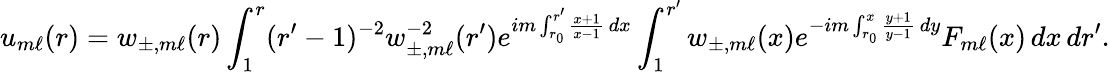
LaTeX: u_{m\ell}(r)=w_{\pm,m\ell}(r)\int_{1}^{r}(r^{\prime}-1)^{-2}w_{\pm,m\ell}^{-2}(r^{\prime})e^{im\int_{r_{0}}^{r^{\prime}}\frac{x+1}{x-1}\, dx}\int_{1}^{r^{\prime}}w_{\pm,m\ell}(x)e^{-im\int_{r_{0}}^{x}\frac{y+1}{y-1}\, dy}F_{m\ell}(x)\, dx\, dr^{\prime}.